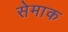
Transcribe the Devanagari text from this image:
सेमाक